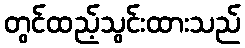
တွင်ထည့်သွင်းထားသည်